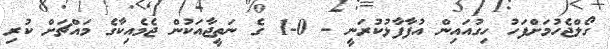
ގޯލްޖެހުމަށްފަހު ހިގުއައިން އުފާފާޅުކުރަނީ - 0-1 ގެ ނަތީޖާއަކުން ޖެމެއިކާގެ މައްޗަށް ކުރި